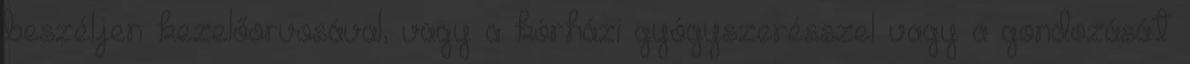
beszéljen kezelőorvosával, vagy a kórházi gyógyszerésszel vagy a gondozását